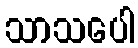
သာသပေါ